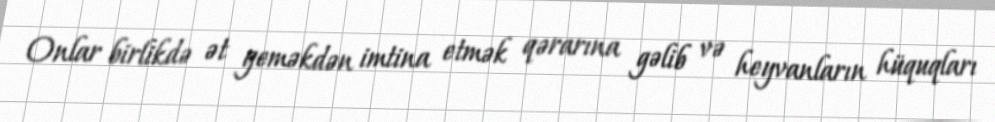
Onlar birlikdə ət yeməkdən imtina etmək qərarına gəlib və heyvanların hüquqları